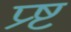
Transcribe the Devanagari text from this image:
प्र्ष्ट